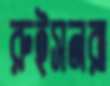
রুইসনরা